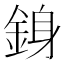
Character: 銵